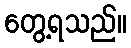
တွေ့ရသည်။